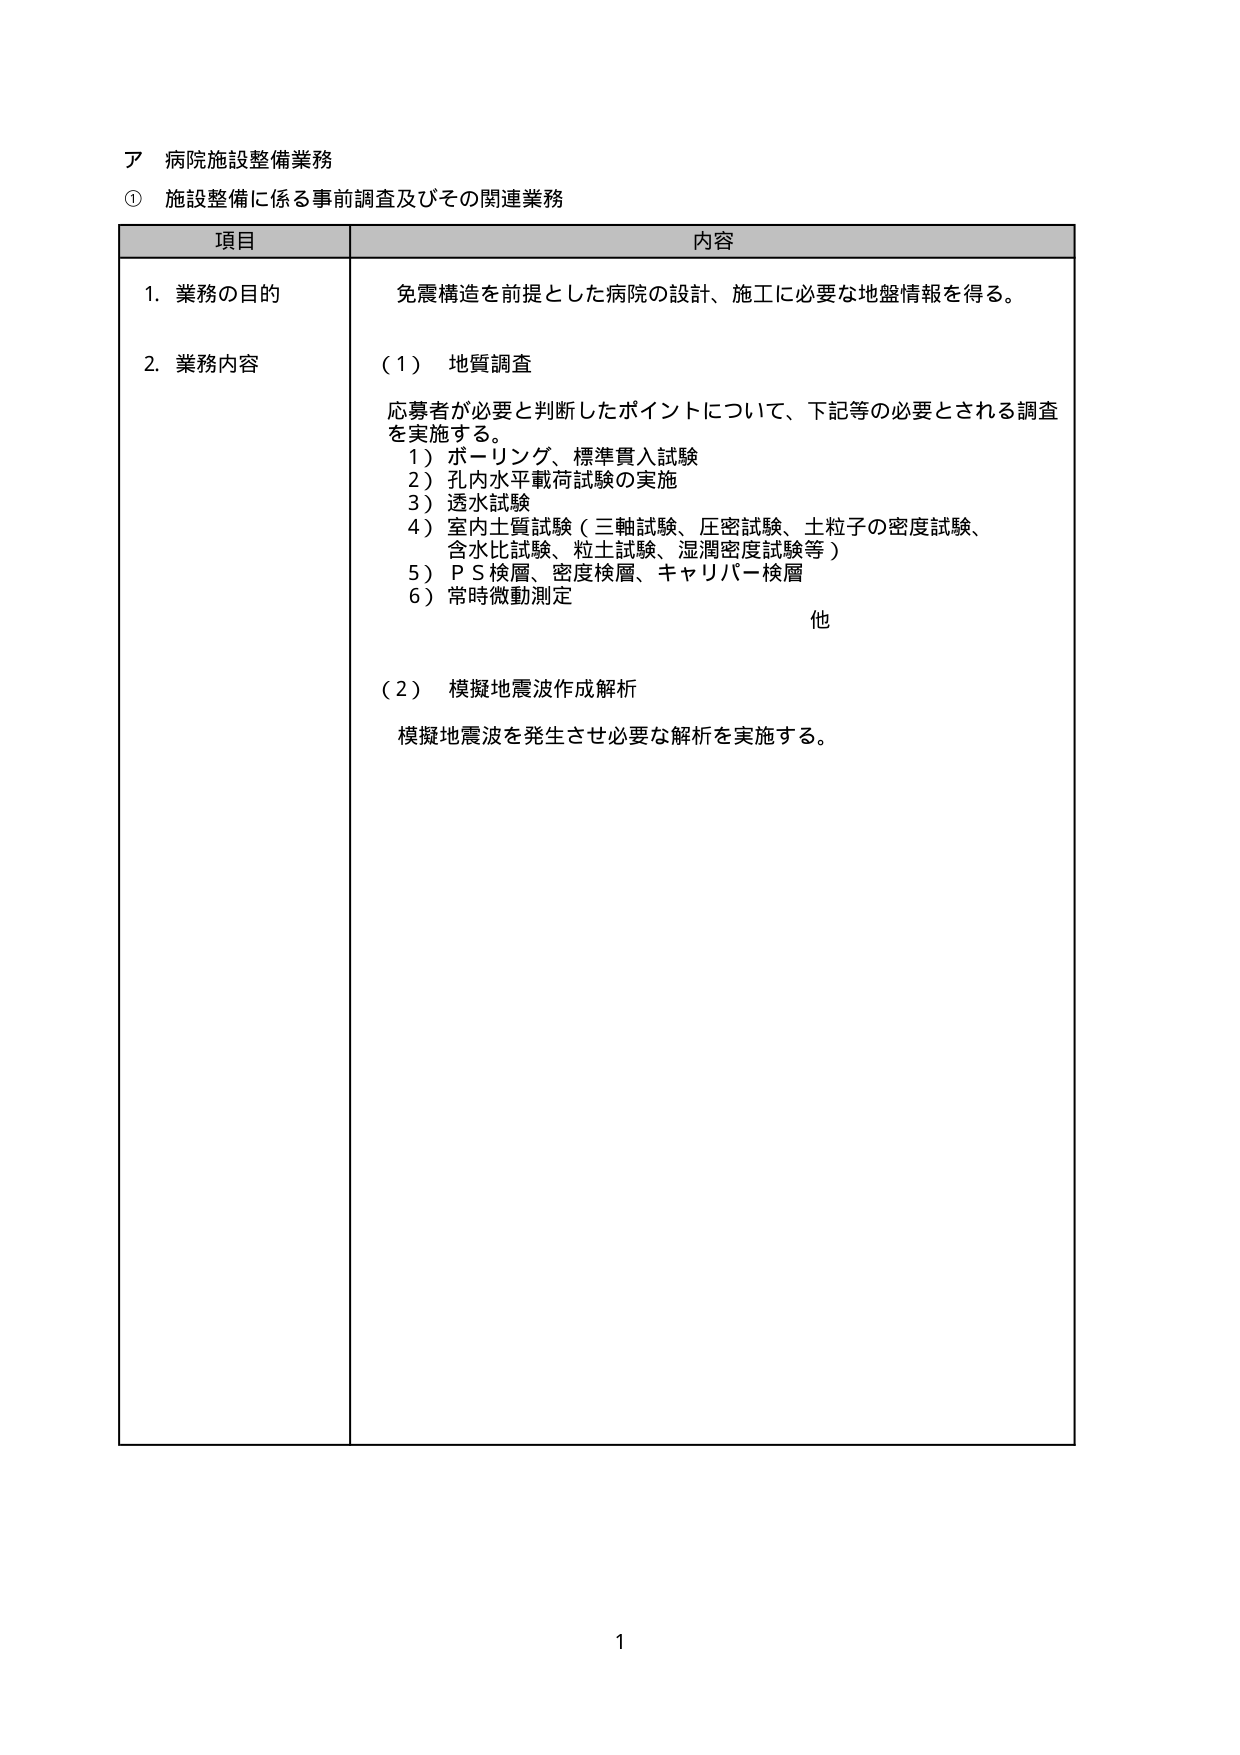
ア 病院施設整備業務
① 施設整備に係る事前調査及びその関連業務

項目 内容
1. 業務の目的 免震構造を前提とした病院の設計、施工に必要な地盤情報を得る。
2. 業務内容 （1） 地質調査
応募者が必要と判断したポイントについて、下記等の必要とされる調査を実施する。
1）ボーリング、標準貫入試験
2）孔内水平載荷試験の実施
3）透水試験
4）室内土質試験（三軸試験、圧密試験、土粒子の密度試験、含水比試験、粒土試験、湿潤密度試験等）
5）ＰＳ検層、密度検層、キャリバー検層
6）常時微動測定
他
（2） 模擬地震波作成解析
模擬地震波を発生させ必要な解析を実施する。

1